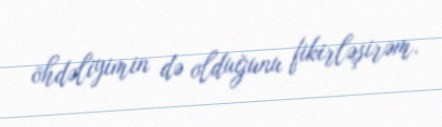
öhdəliyimin də olduğunu fikirləşirəm.